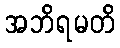
အဘိရမတိ